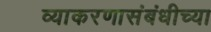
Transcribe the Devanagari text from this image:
व्याकरणासंबंधीच्या